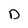
Character: D